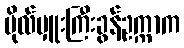
ဗိုလ်မှူးကြီးခွန်ဥက္ကာက